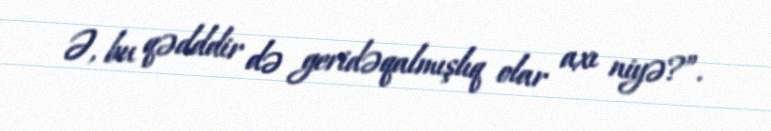
Ə, bu qədddir də geridəqalmışlıq olar axı niyə?”.